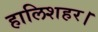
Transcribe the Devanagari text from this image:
हालिशहर।